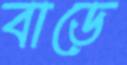
বাডে